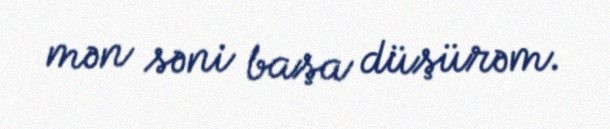
mən səni başa düşürəm.